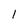
Character: 1